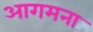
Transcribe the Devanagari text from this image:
आगमना